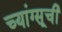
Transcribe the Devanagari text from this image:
च्यांग्सूची